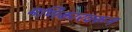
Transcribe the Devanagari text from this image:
मणिकारवरून